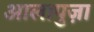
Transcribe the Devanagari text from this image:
आलापुज़ा